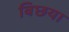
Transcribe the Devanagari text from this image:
बिछया